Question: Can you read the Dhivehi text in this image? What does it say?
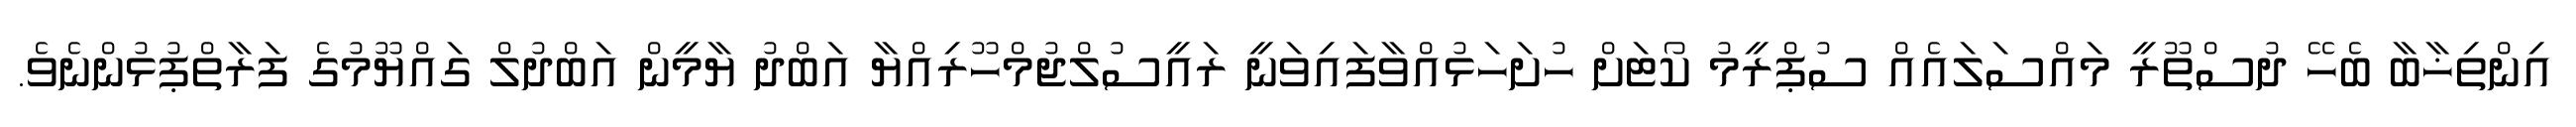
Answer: އިންތިޚާބާ ބެހޭ ދުސްތޫރީ މައްސަލައެއް ސުޕްރީމު ކޯޓަށް ހުށަހަޅުއްވާފައިވަނީ ރައީސުލްޖުމްހޫރިއްޔާ އަބްދު ޔާމީން އަބްދުލް ގައްޔޫމުގެ ފަރާތްޕުޅުންނެވެ.